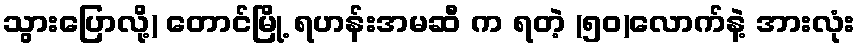
သွားပြောလို့) တောင်မြို့ ရဟန်းအမဆီ က ရတဲ့ (၅၀)လောက်နဲ့ အားလုံး